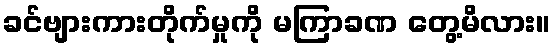
ခင်ဗျားကားတိုက်မှုကို မကြာခဏ တွေ့မိလား။